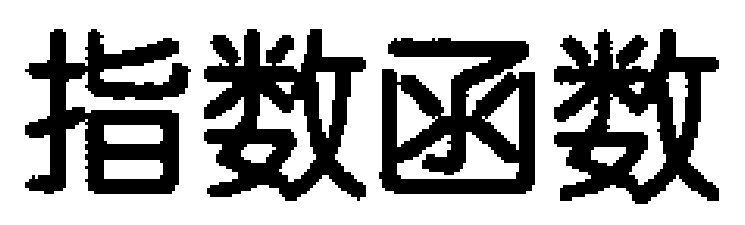
指数函数